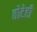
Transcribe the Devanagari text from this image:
तोटेही